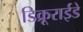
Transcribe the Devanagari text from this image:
डिक्रूराईडे